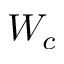
W _ { c }